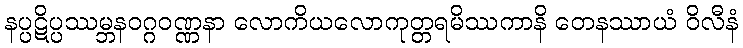
နပ္ပဋိပ္ပဿမ္ဘနဝဂ္ဂဝဏ္ဏနာ လောကိယလောကုတ္တရမိဿကာနိ တေနဿာယံ ဝိလီနံ